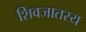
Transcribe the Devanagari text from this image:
शिवजातस्य